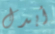
أبدل